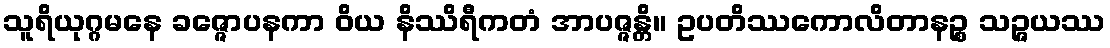
သူရိယုဂ္ဂမနေ ခဇ္ဇောပနကာ ဝိယ နိဿိရီကတံ အာပဇ္ဇန္တိ။ ဥပတိဿကောလိတာနဉ္စ သဉ္ဇယဿ